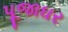
પૂજાઘર